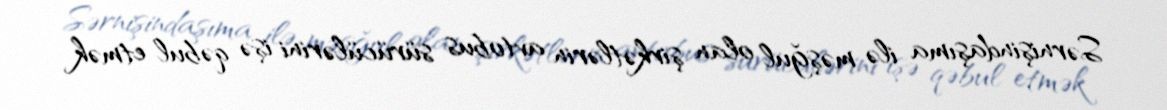
Sərnişindaşıma ilə məşğul olan şirkətlərin avtobus sürücülərini işə qəbul etmək